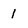
Character: 1